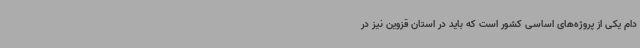
دام یکی از پروژه‌های اساسی کشور است که باید در استان قزوین نیز در